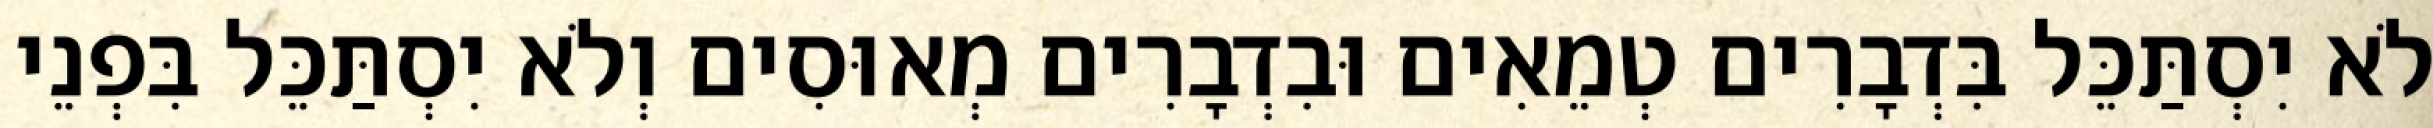
לֹא יִסְתַּכֵּל בִּדְבָרִים טְמֵאִים וּבִדְבָרִים מְאוּסִים וְלֹא יִסְתַּכֵּל בִּפְנֵי